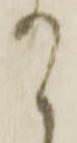
て